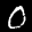
Label: 0